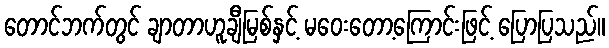
တောင်ဘက်တွင် ချာတာဟူချီမြစ်နှင့် မဝေးတော့ကြောင်းဖြင့် ပြောပြသည်။